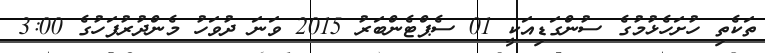
ތަކެތި ހުށަހެޅުމުގެ ސުންގަޑިއަކީ 01 ސެޕްޓެންބަރު 2015 ވަނަ ދުވަހު މެންދުރުފަހުގެ 3:00